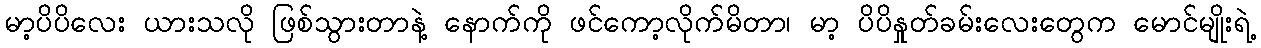
မာ့ပိပိလေး ယားသလို ဖြစ်သွားတာနဲ့ နောက်ကို ဖင်ကော့လိုက်မိတာ၊ မာ့ ပိပိနှုတ်ခမ်းလေးတွေက မောင်မျိုးရဲ့